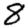
Digit: 8